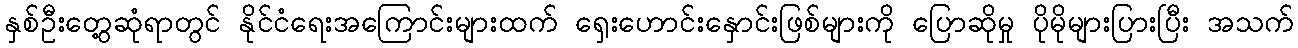
နှစ်ဦးတွေ့ဆုံရာတွင် နိုင်ငံရေးအကြောင်းများထက် ရှေးဟောင်းနှောင်းဖြစ်များကို ပြောဆိုမှု ပိုမိုများပြားပြီး အသက်